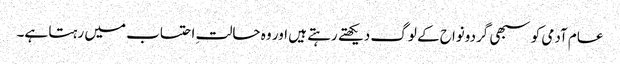
عام آدمی کو سبھی گردونواح کے لوگ دیکھتے رہتے ہیں اور وہ حالتِ احتساب میں رہتا ہے۔